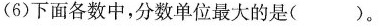
(6)下面各数中，分数单位最大的是()。